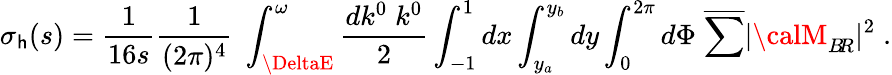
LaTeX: \sigma_{\mathsf{h}}(s)=\frac{{1}}{{16s}}\frac{{1}}{{(2\pi)^{4}}}\; \int_{\DeltaE}^{\omega}\frac{{dk^{0}\; k^{0}}}{{2}}\int_{-1}^{1}dx\int_{y_{a}}^{y_{b}}dy\int_{0}^{2\pi}d\Phi\; \overline{{{{\sum}}}}|{\calM}_{B\! R}|^{2}\; .